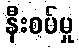
နီးစပ်မှု